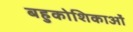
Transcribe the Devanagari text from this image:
बहुकोशिकाओं